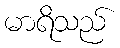
မာရိသည်